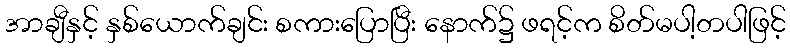
အာချီနှင့် နှစ်ယောက်ချင်း စကားပြောပြီး နောက်၌ ဖရင့်က စိတ်မပါ့တပါဖြင့်